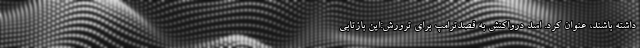
داشته باشند، عنوان کرد. اسد درواکنش به قصدترامپ برای ترورش:این بازتابی